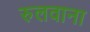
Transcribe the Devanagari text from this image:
रुलवाना